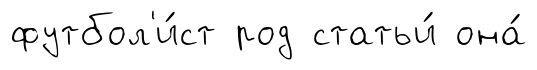
футбол'и́ст род статьи́ она́